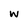
Character: w